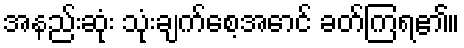
အနည်းဆုံး သုံးချက်စေ့အောင် ခတ်ကြရ၏။